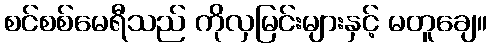
စင်စစ်မေရီသည် ကိုလှမြင်းများနှင့် မတူချေ။